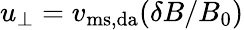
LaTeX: u_{\perp}=v_{\mathrm{ms,da}}(\delta B/B_{0})